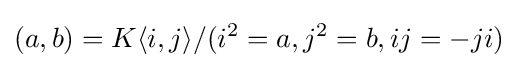
(a,b)=K\langle i,j\rangle /(i^{2}=a,j^{2}=b,ij=-ji)